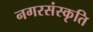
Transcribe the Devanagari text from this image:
नगरसंस्कृति